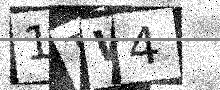
Text: 1TW4